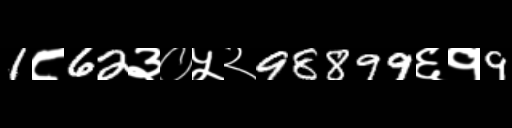
Text: 1८62३०५२98899६१9